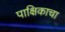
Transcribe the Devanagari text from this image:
पाक्षिकाचा